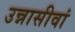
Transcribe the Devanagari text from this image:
उन्नासीवां